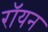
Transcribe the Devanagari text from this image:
रॉयन